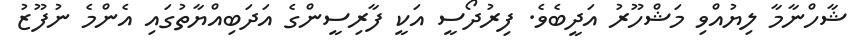
ޝާހްނާމާ ލިޔުއްވި މަޝްހޫރު އަދީބެވެ. ފިރުދޯސީ އަކީ ފާރިސީންގެ އަދަބިއްޔާތުގައި އެންމެ ނުފޫޒު